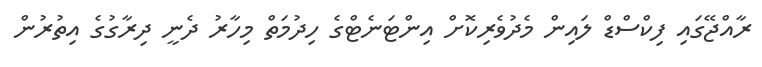
ރާއްޖޭގައި ފިކްސްޑް ލައިން މެދުވެރިކޮށް އިންޓަނެޓްގެ ހިދުމަތް މިހާރު ދެނީ ދިރާގުގެ އިތުރުން